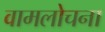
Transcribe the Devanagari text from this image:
वामलोचना